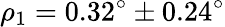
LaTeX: \rho_{1}=0.32^{\circ}\pm 0.24^{\circ}